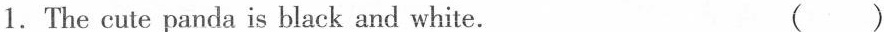
1. The cute panda is black and white. （）